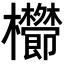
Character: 𣡑